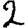
Digit: 2